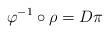
LaTeX: \begin{align*} \varphi^{-1}\circ \rho=D\pi \end{align*}